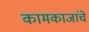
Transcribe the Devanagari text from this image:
कामकाजांचे